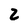
Character: 2